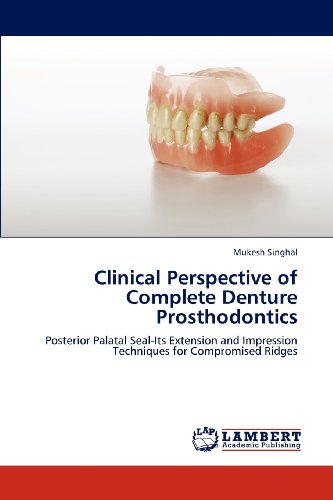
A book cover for Clinical Perspective of Complete Denture Prosthodontics: Posterior Palatal Seal-Its Extension and Impression Techniques for Compromised Ridges; Mukesh Singhal; Medical Books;